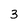
Character: 3